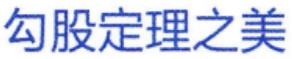
勾股定理之美